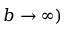
b \to \infty )